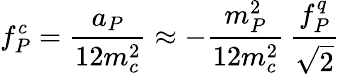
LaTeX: f_{P}^{c}=\frac{a_{P}}{12m_{c}^{2}}\approx-\frac{m_{P}^{2}}{12m_{c}^{2}}\, \frac{f_{P}^{q}}{\sqrt 2}